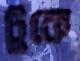
টুকে